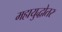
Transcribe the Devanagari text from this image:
महायुद्धोतर